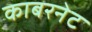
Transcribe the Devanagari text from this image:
काबरनेट